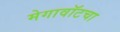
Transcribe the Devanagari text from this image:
मेगावॉटचा